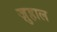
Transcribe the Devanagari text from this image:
ज़ुहाल